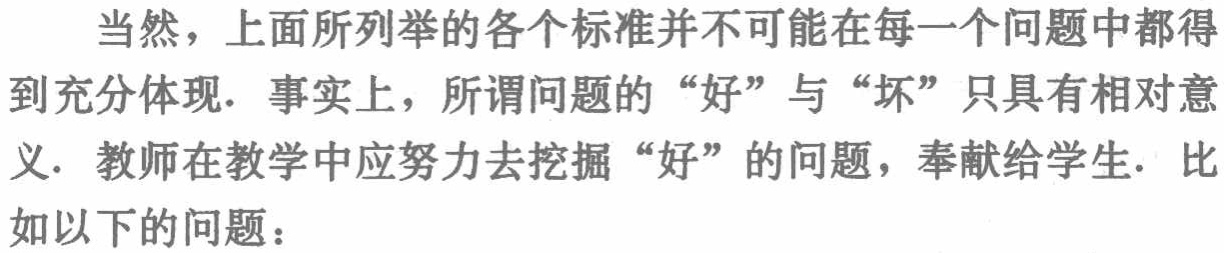
当然，上面所列举的各个标准并不可能在每一个问题中都得到充分体现. 事实上，所谓问题的“好”与“坏”只具有相对意义. 教师在教学中应努力去挖掘“好”的问题，奉献给学生. 比如以下的问题：